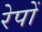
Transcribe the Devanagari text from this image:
रेपों